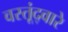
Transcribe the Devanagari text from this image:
वस्तूंद्वारे